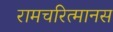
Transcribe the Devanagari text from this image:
रामचरित्मानस